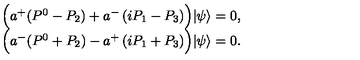
\begin{array} { c } { \Bigl ( a ^ { + } ( P ^ { 0 } - P _ { 2 } ) + a ^ { - } \left( i P _ { 1 } - P _ { 3 } \right) \Bigr ) | \psi \rangle = 0 , } \\ { \Bigl ( a ^ { - } ( P ^ { 0 } + P _ { 2 } ) - a ^ { + } \left( i P _ { 1 } + P _ { 3 } \right) \Bigr ) | \psi \rangle = 0 . } \\ \end{array}